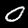
Digit: 0